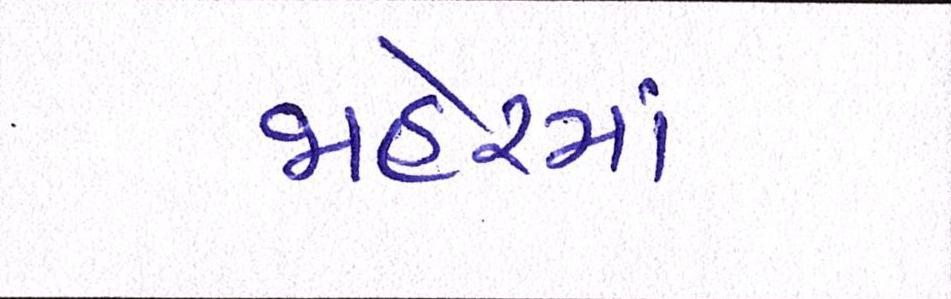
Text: જાહેરમાં